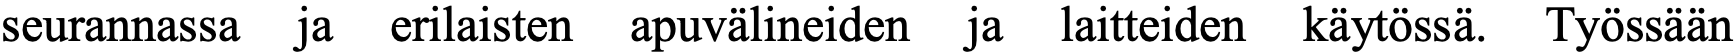
seurannassa ja erilaisten apuvälineiden ja laitteiden käytössä. Työssään